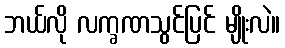
ဘယ်လို လက္ခဏသွင်ပြင် မျိုးလဲ။